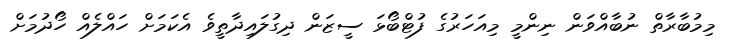
މިމުބާރާތް ނުބާއްވަން ނިންމީ މިއަހަރުގެ ފުޓްބޯޅަ ސީޒަން ދިގުލައިދާތީވެ އެކަމަށް ހައްލެއް ހޯދުމަށް